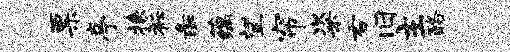
票亭掾衽彘蕴望帘粢右旧主酪